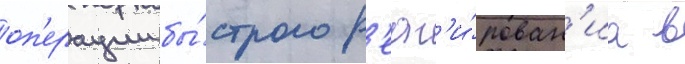
оп'ерации бы́строго р'еаг'и́рован'иа в